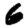
Digit: 6